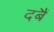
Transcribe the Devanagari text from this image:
दबैं